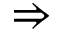
\Rightarrow